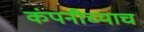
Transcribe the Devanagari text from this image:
कंपनीच्याच